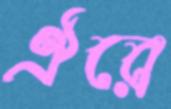
ঐরে